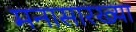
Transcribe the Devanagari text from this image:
मनासारख्या